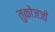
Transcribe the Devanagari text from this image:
तुकोजजी